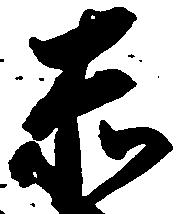
赤